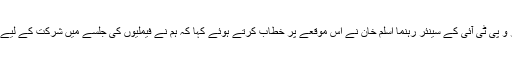
حلقہ این اے 254کے نامزد امیدوار و پی ٹی آئی کے سینئر رہنما اسلم خان نے اس موقعے پر خطاب کرتے ہوئے کہا کہ ہم نے فیملیوں کی جلسے میں شرکت کے لیے سیکورٹی کا بھرپور انتظام کیا ہے۔